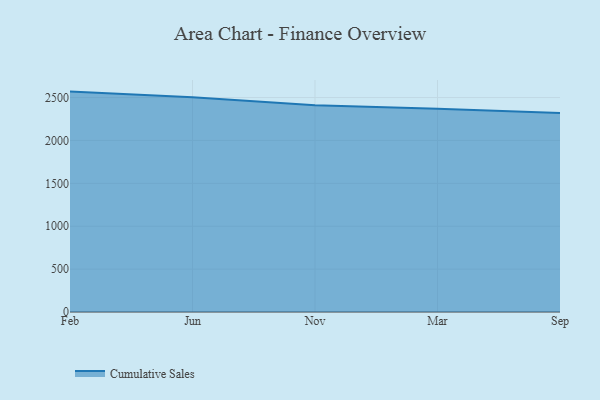
{"axis": {"x": "Month", "y": "Tickets Resolved"}, "legend": ["Cumulative Sales"], "data": [{"x": "Feb", "y": 2569.5, "type": "Cumulative Sales"}, {"x": "Jun", "y": 2504.1, "type": "Cumulative Sales"}, {"x": "Nov", "y": 2410.6, "type": "Cumulative Sales"}, {"x": "Mar", "y": 2370.7, "type": "Cumulative Sales"}, {"x": "Sep", "y": 2318.9, "type": "Cumulative Sales"}]}